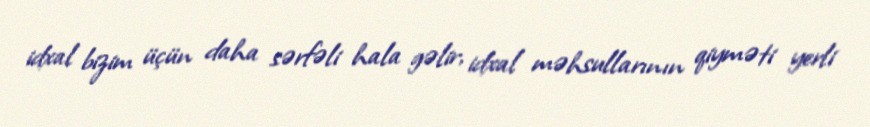
idxal bizim üçün daha sərfəli hala gəlir, idxal məhsullarının qiyməti yerli